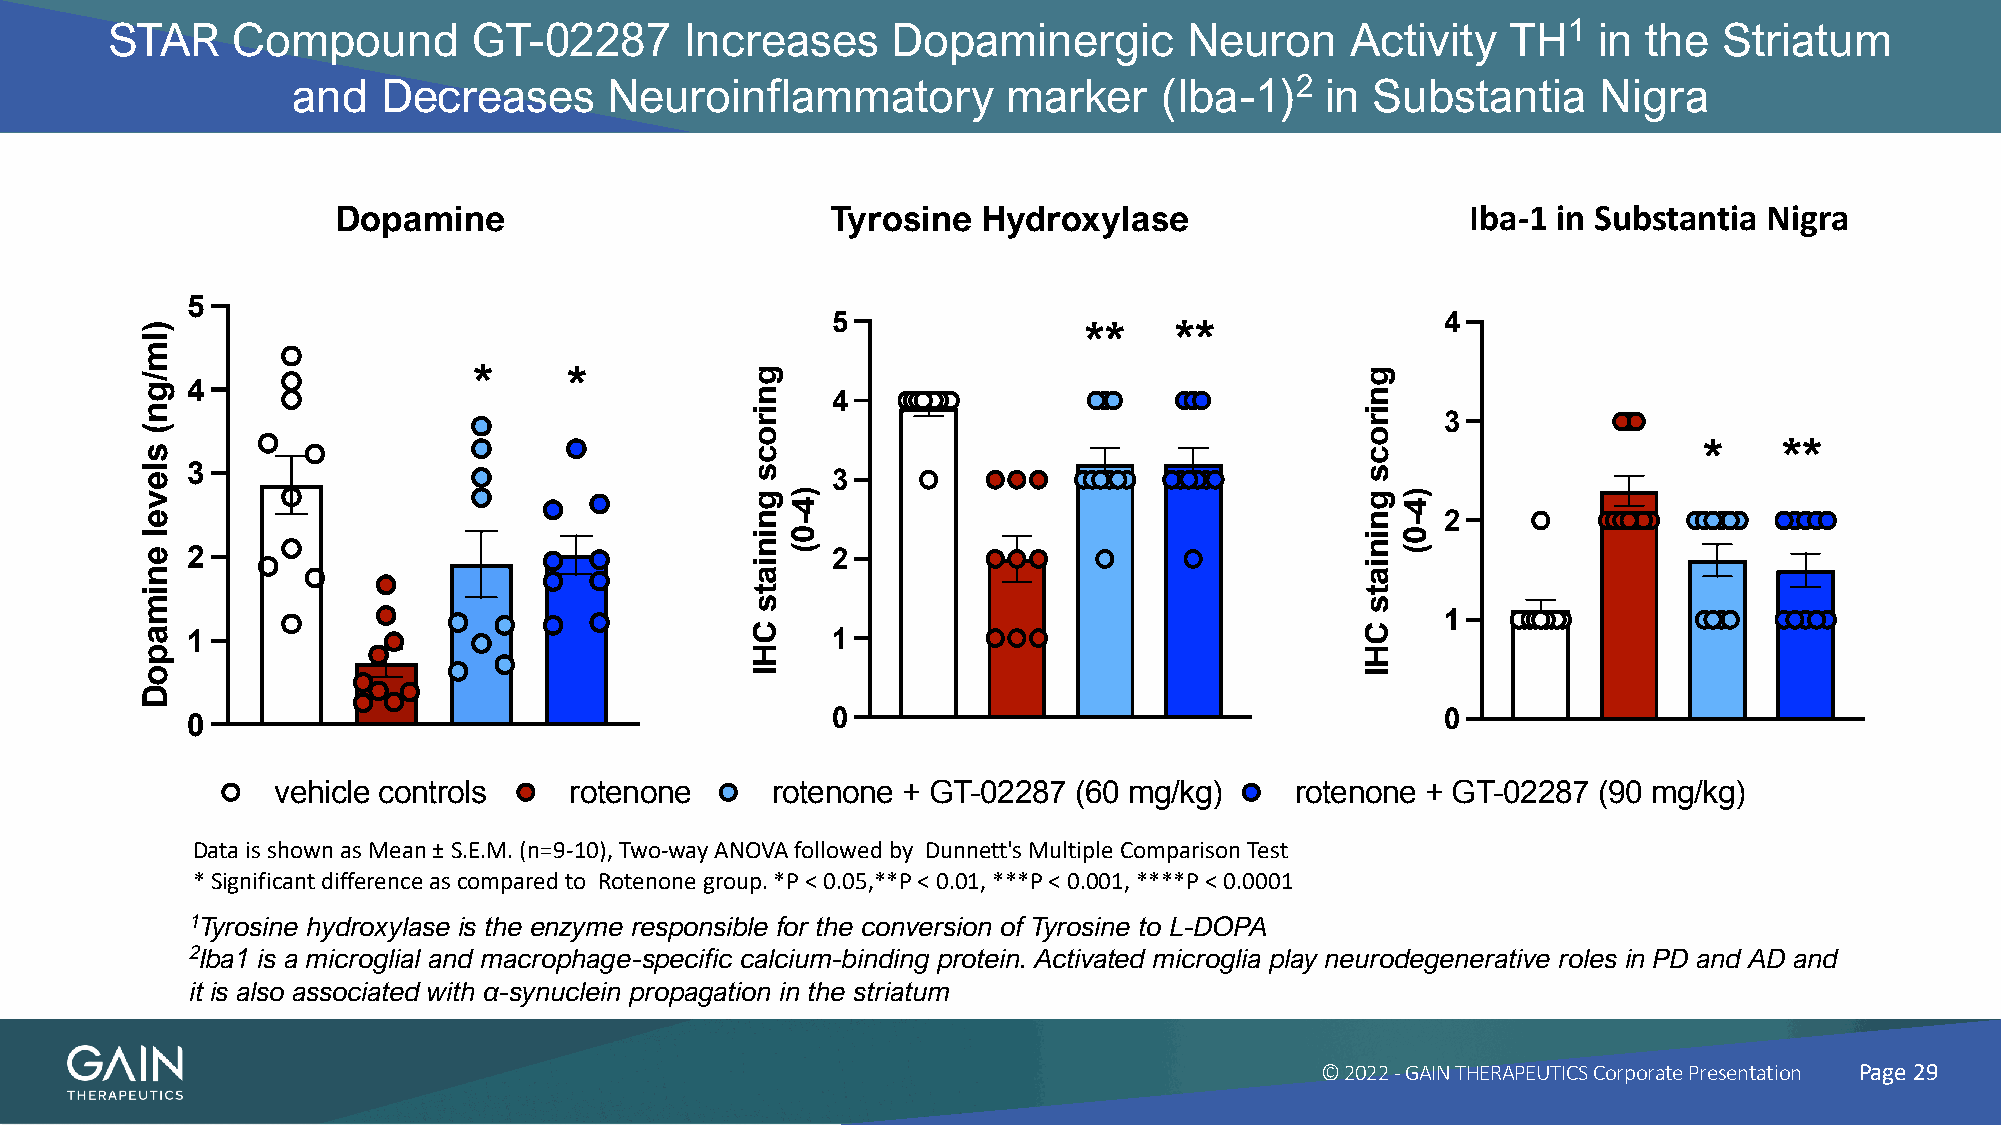
STAR    Compound        GT-02287      Increases     Dopaminergic        Neuron    Activity   TH1   in the  Striatum
 and   Decreases      Neuroinflammatory          marker    (Iba-1)2   in Substantia     Nigra
 Tyroxine   hydroxylase    in Striatum
 Dopamine                         Tyrosine  Hydroxylase                     IIbbaa--11 iinn SSuubbsstatnatniati aN iNgrigara
 5
 5                                        4
 **    **
 *      *
 4
 4
 3
 *    **
 3
 3
 2
 2                                          2
 1
 1                                          1
 0                                          0                                        0
 vehicle controls    rotenone     rotenone + GT-02287 (60 mg/kg)     rotenone + GT-02287 (90 mg/kg)
 Data is shown as Mean ±S.E.M. (n=9-10), Two-way ANOVA followed by Dunnett's Multiple Comparison Test
 * Significant difference as compared to Rotenone group. *P < 0.05,**P < 0.01, ***P < 0.001, ****P < 0.0001
 1Tyrosine hydroxylase is the enzyme responsible for the conversion of Tyrosine to L-DOPA
 2Iba1 is a microglial and macrophage-specific calcium-binding protein. Activated microglia play neurodegenerative roles in PD and AD and
 it is also associated with α-synuclein propagation in the striatum
 © 2022 -GAIN THERAPEUTICS Corporate Presentation Page 29
 )lm/gn(
 slevel
 enimapoD
 gnirocs
 gniniats
 CHI
 )4-0(
 gnirocs
 gniniats
 CHI
 )4-0(